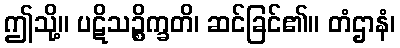
ဤသို့။ ပဋိသဉ္စိက္ခတိ၊ ဆင်ခြင်၏။ တံဌာနံ၊